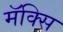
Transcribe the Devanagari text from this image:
मॅक्सि